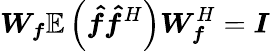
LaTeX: \boldsymbol{W_{f}}\mathbb{E}\left(\boldsymbol{\hat{f}}\boldsymbol{\hat{f}}^{H}\right)\boldsymbol{W}_{\boldsymbol{f}}^{H}=\boldsymbol{I}